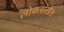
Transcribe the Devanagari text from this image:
लोकसंखेत